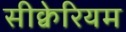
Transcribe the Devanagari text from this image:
सीक्वेरियम